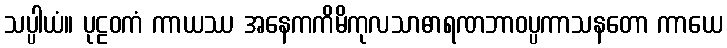
သပ္ပါယံ။ ပုဠဝကံ ကာယဿ အနေကကိမိကုလသာဓာရဏဘာဝပ္ပကာသနတော ကာယေ